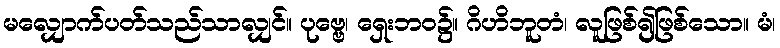
မလျှောက်ပတ်သည်သာလျှင်။ ပုဗ္ဗေ၊ ရှေးဘဝ၌။ ဂိဟိဘူတံ၊ လူဖြစ်၍ဖြစ်သော။ မံ၊